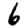
Digit: 6